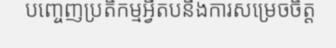
បញ្ចេញប្រតិកម្មអ្វីតបនឹងការសម្រេចចិត្ត